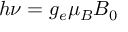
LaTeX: h \nu = g _ { e } \mu _ { B } B _ { 0 }